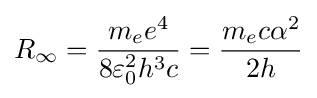
R_{\infty }={\frac {m_{e}e^{4}}{8\varepsilon _{0}^{2}h^{3}c}}={\frac {m_{e}c\alpha ^{2}}{2h}}